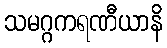
သမဂ္ဂကရဏီယာနိ